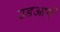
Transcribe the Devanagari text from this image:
उडआनें